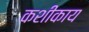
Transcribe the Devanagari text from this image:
कशीकाय